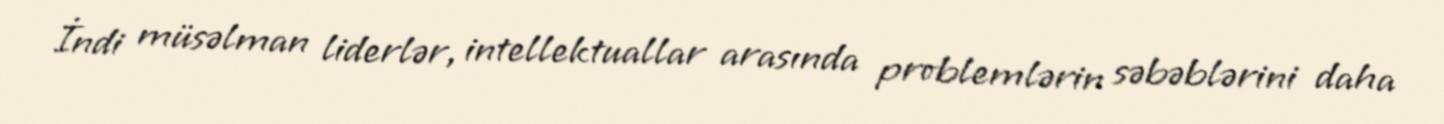
İndi müsəlman liderlər, intellektuallar arasında problemlərin səbəblərini daha